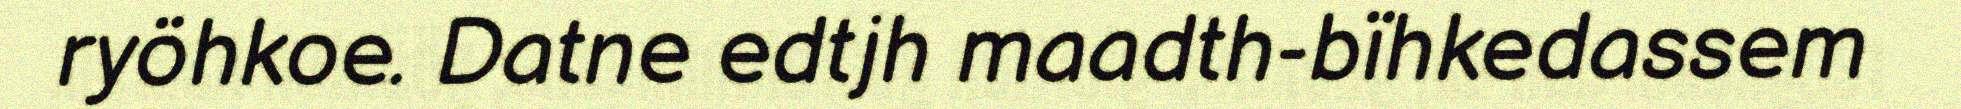
ryöhkoe. Datne edtjh maadth-bïhkedassem